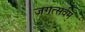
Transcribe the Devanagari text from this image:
जगत्सर्वम्